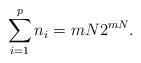
LaTeX: \begin{align*}\sum_{i = 1}^{p} n_{i}=mN2^{mN}.\end{align*}